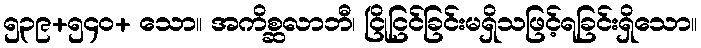
၅၃၉+၅၄၀+ သော။ အကိစ္ဆလာဘီ၊ ငြိုငြင်ခြင်းမရှိသဖြင့်ရခြင်းရှိသော။